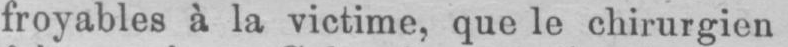
froyables à la victime, que le chirurgien